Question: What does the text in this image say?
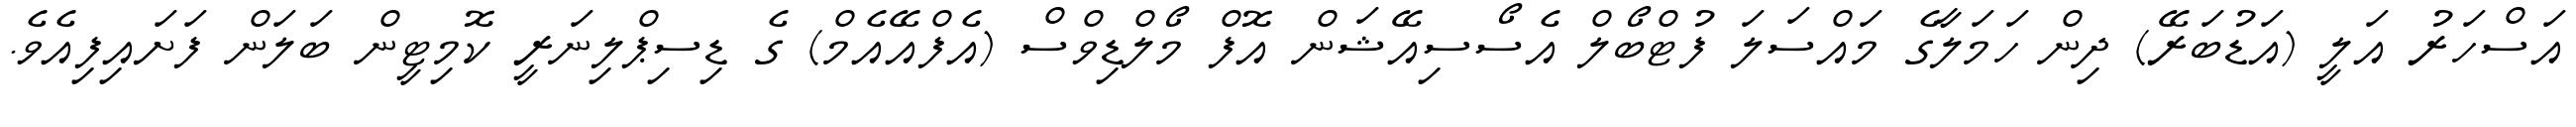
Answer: އަސްހަރު އަލީ (އަޑުބަރޭ) ދިން ހަމަލާގެ މައްސަލަ ފުޓްބޯލް އެސޯސިއޭޝަން އޮފް މޯލްޑިވްސް (އެފްއޭއެމް) ގެ ޑިސިޕްލިނަރީ ކޮމިޓީން ބަލަން ފަށައިފިއެވެ.